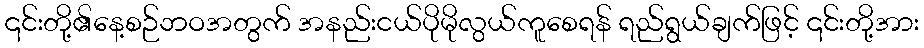
၎င်းတို့၏နေ့စဉ်ဘဝအတွက် အနည်းငယ်ပိုမိုလွယ်ကူစေရန် ရည်ရွယ်ချက်ဖြင့် ၎င်းတို့အား